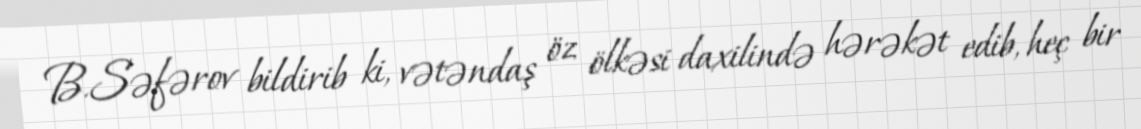
B.Səfərov bildirib ki, vətəndaş öz ölkəsi daxilində hərəkət edib, heç bir